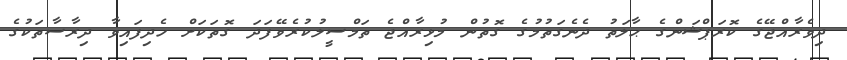
ދިވެރާއްޖޭގެ ކޮރަޕްޝަންގެ ޙާލަތު ދެނެގަތުމުގެ ގޮތުން މުޅިރާއްޖެ ތަމްސީލުކުރެވޭފަދަ ގޮތަކަށް ހެދިފައިވާ ދިރާސާތަކުގެ